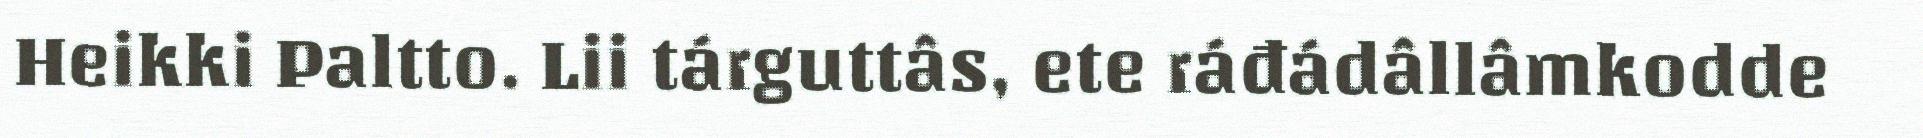
Heikki Paltto. Lii tárguttâs, ete ráđádâllâmkodde